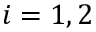
i = 1 , 2